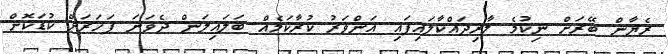
ރެޔާން ބޭރަށް ނިކުމެ ލާރިދައްކާލައިފައި އަންވަރު ކުރާކަމެއް ބަލައިލަން ދެވަނަ ފަހަރަށް ކުޑަކޮށް